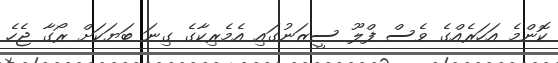
ކޮންމެ އަހަރެއްގެ ވެސް ފްލޫ ސީޒަނުގައި އެމެރިކާގެ ގިނަ ބަޔަކަށް ރޯގާ ޖެހެ